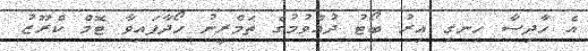
އެ ހާދިސާ ހިނގި އިރު ބޯޓު ދުއްވުމުގެ ތަމްރީނު ހޯދާފައިވާ ޓޮމް ކްރޫޒު